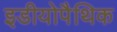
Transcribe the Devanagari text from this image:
इडीयोपैथिक